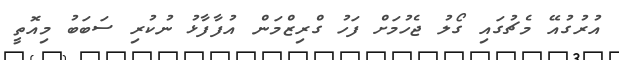
އުރުގުއޭ މެޗުގައި ގޯލު ޖެހުމަށް ފަހު ގްރިޒްމަން އުފާފާޅު ނުކުރި ސަބަބު މިއޮތީ